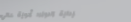
صيدلية الدواء: أدوية عالي